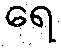
ရေ